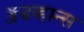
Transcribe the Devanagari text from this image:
ॲडव्हान्स